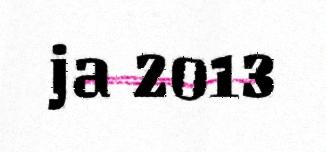
ja 2013